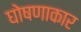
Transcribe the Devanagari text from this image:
घोषणाकार